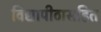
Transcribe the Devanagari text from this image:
विद्यापीठासहित